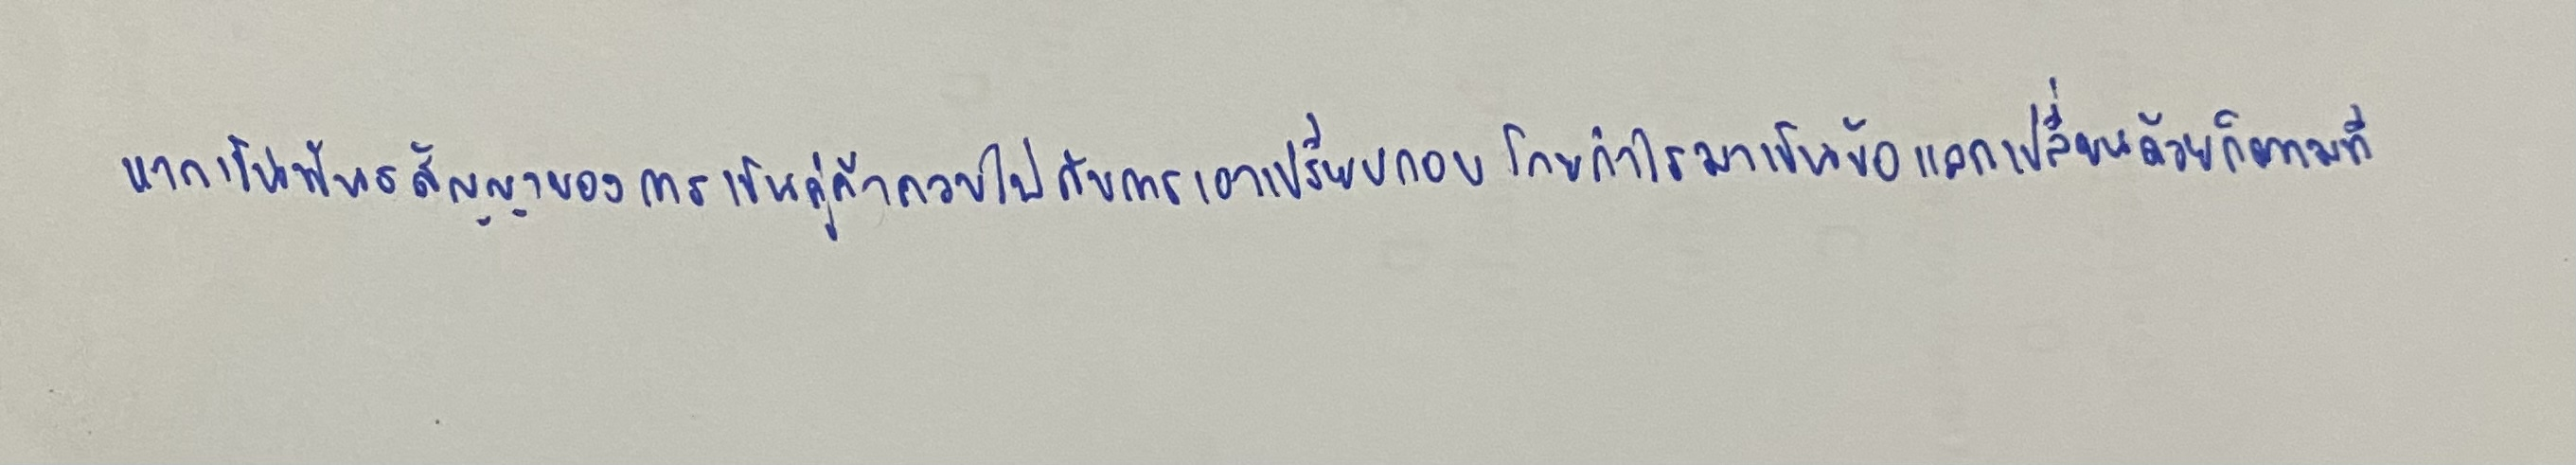
หากเป็นพันธสัญญาของการเป็นคู่ค้าควบไปกับการเอาเปรียบกอบโกยกำไรมาเป็นข้อแลกเปลี่ยนด้วยก็ตามที